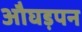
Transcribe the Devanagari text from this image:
औघड़पन